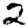
Digit: 2